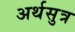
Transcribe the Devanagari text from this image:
अर्थसुत्र